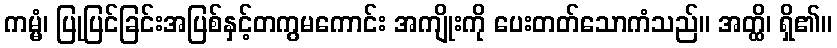
ကမ္မံ၊ ပြုပြင်ခြင်းအပြစ်နှင့်တကွမကောင်း အကျိုးကို ပေးတတ်သောကံသည်။ အတ္ထိ၊ ရှိ၏။